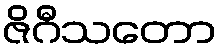
ဇိဂီသတော